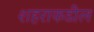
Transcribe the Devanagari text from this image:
शहराकडील